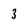
Character: 3